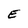
Character: E